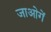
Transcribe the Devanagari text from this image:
जाओगें